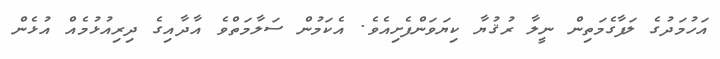
އަހުމަދުގެ ލަފާގެމަތިން ނީލާ ރުޤުޔާ ކިޔަވަންފެށިއެވެ. އެކަމުން ސަލާމަތްވެ އާދާއިގެ ދިރިއުޅުމެއް އުޅެން